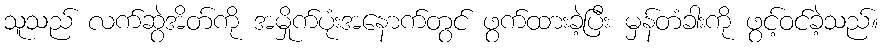
သူသည် လက်ဆွဲအိတ်ကို အမှိုက်ပုံးအနောက်တွင် ဖွက်ထားခဲ့ပြီး မှန်တံခါးကို ဖွင့်ဝင်ခဲ့သည်။